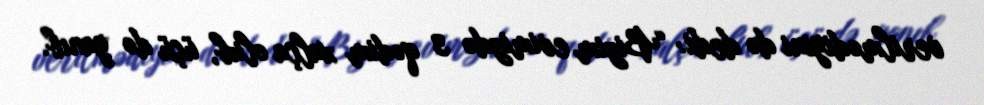
verilmədiyini də dedi: “Bizim evimizdə 3 qədim xalça olub, üçü də yanıb.